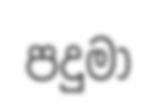
පදුමා